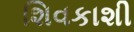
શિવકાશી